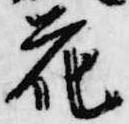
花